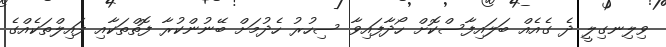
ވިލިނގިލީ ދެ ގެއެއް ބަލައިފާސްކޮށް ހޯދާފައިވާ ސިހުރު ހެދުމަށް ބޭނުންކުރާ ފޮތްތަކާއި ފައިލްތަކެއްގެ